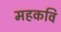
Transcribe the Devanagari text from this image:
महकवि